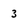
Character: 3